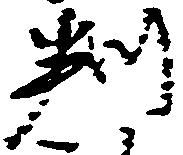
判